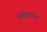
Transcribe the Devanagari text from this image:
लातूरवरून